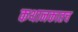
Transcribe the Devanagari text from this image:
कथानकातच